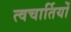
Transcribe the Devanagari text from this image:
त्वचार्तियों